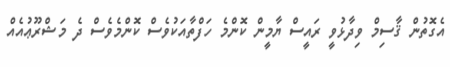
އެގޮތުން ޤާސިމް ވިދާޅުވީ ރައީސް ޔާމީން ކޮންމެ ހަފްތާއަކުވެސް ކޮންމެވެސް ދެ މަޝްރޫޢުއެއް